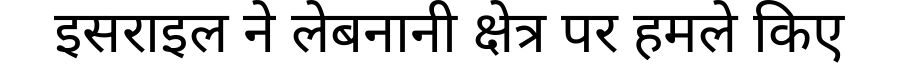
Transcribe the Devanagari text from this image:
इसराइल ने लेबनानी क्षेत्र पर हमले किए